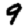
Digit: 9